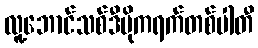
လူ့ဘောင်သစ်ဒီမိုကရက်တစ်ပါတီ